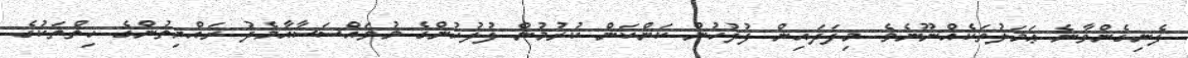
ފެނިގެންވާނެ ޢަމަލުތަކެއްނޫނެވެ. މިފަދައިން ފުލުހުން ކަންކަން ކުރުމުން ފުލުހުންގެ މުވައްސަސާއާމެދު ރައްޔިތުންގެ ހިތްތަކުގެ